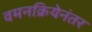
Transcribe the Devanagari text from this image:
वमनक्रियेनंतर